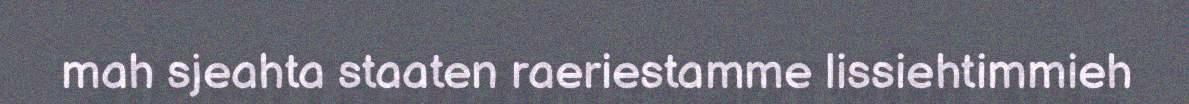
mah sjeahta staaten raeriestamme lissiehtimmieh